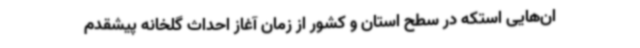
ان‌هایی استکه در سطح استان و کشور از زمان آغاز احداث گلخانه پیشقدم